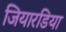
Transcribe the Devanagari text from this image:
जियारडिया